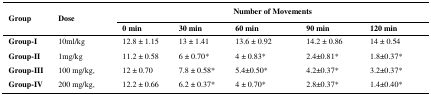
<table><thead><tr><td rowspan="2"><b>Group</b></td><td rowspan="2"><b>Dose</b></td><td colspan="5"><b>Number of Movements</b></td></tr><tr><td><b>0 min</b></td><td><b>30 min</b></td><td><b>60 min</b></td><td><b>90 min</b></td><td><b>120 min</b></td></tr></thead><tbody><tr><td><b>Group-I </b></td><td>10ml/kg</td><td>12.8 ± 1.15</td><td>13 ± 1.41</td><td>13.6 ± 0.92</td><td>14.2 ± 0.86</td><td>14 ± 0.54</td></tr><tr><td><b>Group-II </b></td><td>1mg/kg</td><td>11.2 ± 0.58</td><td>6 ± 0.70*</td><td>4 ± 0.83*</td><td>2.4±0.81*</td><td>1.8±0.37*</td></tr><tr><td><b>Group-III </b></td><td>100 mg/kg, </td><td>12 ± 0.70</td><td>7.8 ± 0.58*</td><td>5.4±0.50*</td><td>4.2±0.37*</td><td>3.2±0.37*</td></tr><tr><td><b>Group-IV </b></td><td>200 mg/kg, </td><td>12.2 ± 0.66</td><td>6.2 ± 0.37*</td><td>4 ± 0.70*</td><td>2.8±0.37*</td><td>1.4±0.40*</td></tr></tbody></table>